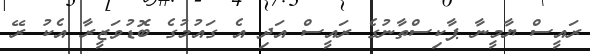
ރައީސް ޔާމީނާ ޕާކިސްތާނުގެ ރައީސް އަދި އެ ގައުމުގެ ބޮޑުވަޒީރާ އެކު ރޭ